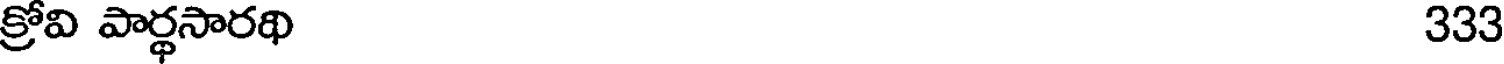
క్రోవి పార్థసారథి 333